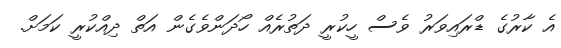
އެ ކާރުގެ ޑްރައިވަރު ވެސް ހީކުރީ ދަތުރެއް ހޯދަންވެގެން އަތް ދިއްކުރީ ކަމަށް.